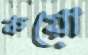
কয়ো